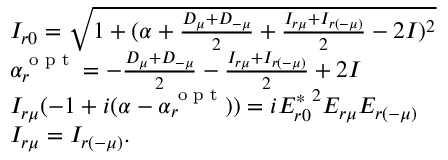
\begin{array} { r l } & { I _ { r 0 } = \sqrt { 1 + ( \alpha + \frac { D _ { \mu } + D _ { - \mu } } { 2 } + \frac { I _ { r \mu } + I _ { r ( - \mu ) } } { 2 } - 2 I ) ^ { 2 } } } \\ & { \alpha _ { r } ^ { \textrm { o p t } } = - \frac { D _ { \mu } + D _ { - \mu } } { 2 } - \frac { I _ { r \mu } + I _ { r ( - \mu ) } } { 2 } + 2 I } \\ & { I _ { r \mu } ( - 1 + i ( \alpha - \alpha _ { r } ^ { \textrm { o p t } } ) ) = i { E _ { r 0 } ^ { * } } ^ { 2 } E _ { r \mu } E _ { r ( - \mu ) } } \\ & { I _ { r \mu } = I _ { r ( - \mu ) } . } \end{array}